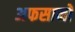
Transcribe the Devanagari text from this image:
अफसानों